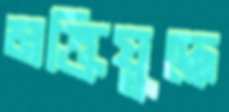
মক্তিযুদ্ধে